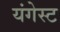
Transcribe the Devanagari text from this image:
यंगेस्ट